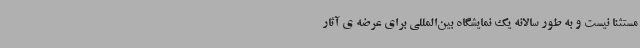
مستثنا نیست و به طور سالانه یک نمایشگاه بین‌المللی برای عرضه ی آثار